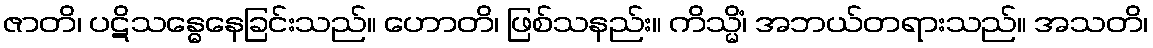
ဇာတိ၊ ပဋိသန္ဓေနေခြင်းသည်။ ဟောတိ၊ ဖြစ်သနည်း။ ကိသ္မိံ၊ အဘယ်တရားသည်။ အသတိ၊